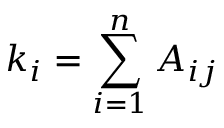
k _ { i } = \sum _ { i = 1 } ^ { n } A _ { i j }